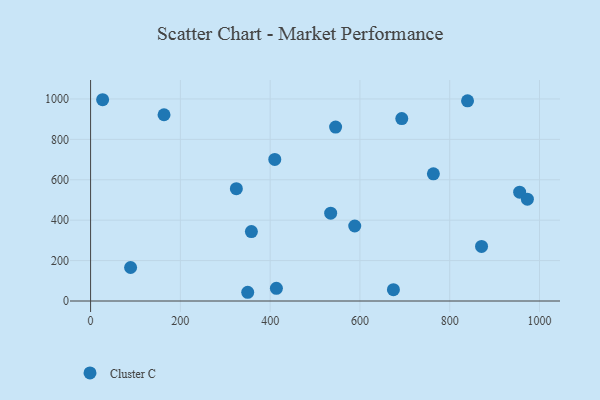
{"axis": {"x": "Price", "y": "Profit"}, "legend": ["Cluster C"], "data": [{"x": "26.8", "y": 996.2, "type": "Cluster C"}, {"x": "89.1", "y": 165.7, "type": "Cluster C"}, {"x": "839.7", "y": 991.0, "type": "Cluster C"}, {"x": "545.8", "y": 860.9, "type": "Cluster C"}, {"x": "955.8", "y": 538.7, "type": "Cluster C"}, {"x": "674.6", "y": 56.1, "type": "Cluster C"}, {"x": "324.7", "y": 555.8, "type": "Cluster C"}, {"x": "973.0", "y": 503.8, "type": "Cluster C"}, {"x": "350.0", "y": 43.2, "type": "Cluster C"}, {"x": "358.2", "y": 343.5, "type": "Cluster C"}, {"x": "693.2", "y": 903.0, "type": "Cluster C"}, {"x": "870.9", "y": 270.2, "type": "Cluster C"}, {"x": "763.6", "y": 629.3, "type": "Cluster C"}, {"x": "534.8", "y": 434.6, "type": "Cluster C"}, {"x": "410.3", "y": 700.6, "type": "Cluster C"}, {"x": "413.9", "y": 62.8, "type": "Cluster C"}, {"x": "588.4", "y": 371.2, "type": "Cluster C"}, {"x": "163.6", "y": 921.8, "type": "Cluster C"}]}